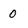
Character: 0